Burma Government Medical School reports 1923-41
Year: 1923
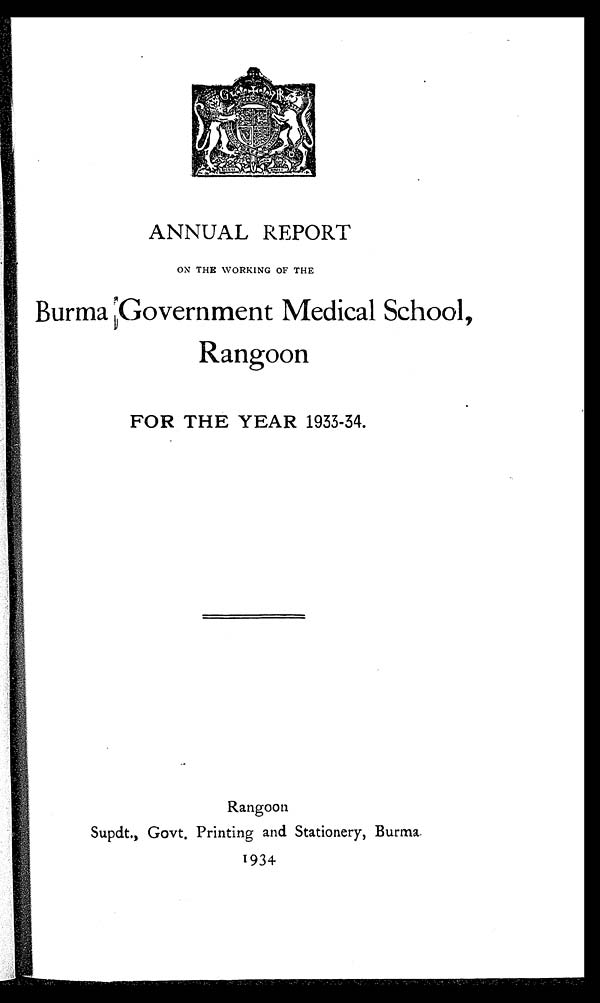
ANNUAL REPORT
ON THE WORKING OF THE
Burma Government Medical School,
Rangoon
FOR THE YEAR 1933-34.
Rangoon
Supdt., Govt. Printing and Stationery, Burma.
1934